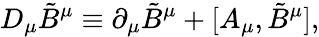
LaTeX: D_{\mu}\tilde{B}^{\mu}\equiv\partial_{\mu}\tilde{B}^{\mu}+[A_{\mu},\tilde{B}^{\mu}],